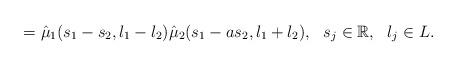
LaTeX: \begin{align*}=\hat\mu_1(s_1-s_2, l_1-l_2)\hat\mu_2(s_1-a s_2, l_1+l_2), \ \ s_j\in \mathbb{R}, \ \ l_j\in L.\end{align*}